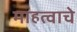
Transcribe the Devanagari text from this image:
माहत्वाचे